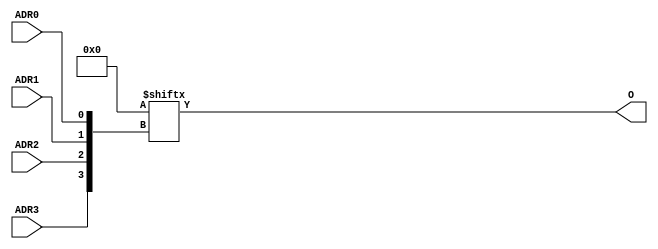
//    Xilinx Proprietary Primitive Cell X_LUT4 for Verilog
//
// $Header: /devl/xcs/repo/env/Databases/CAEInterfaces/verplex_libs/data/simprims/X_LUT4.v,v 1.3.198.3 2004/09/28 20:47:46 wloo Exp $
//

`celldefine
`timescale 1 ps/1 ps

module X_LUT4 (O, ADR0, ADR1, ADR2, ADR3);

  parameter INIT = 16'h0000;

  output O;
  input ADR0, ADR1, ADR2, ADR3;

	assign O = INIT[{ADR3,ADR2,ADR1,ADR0}];

endmodule